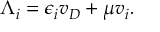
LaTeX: \Lambda _ { i } = \epsilon _ { i } v _ { D } + \mu v _ { i } .